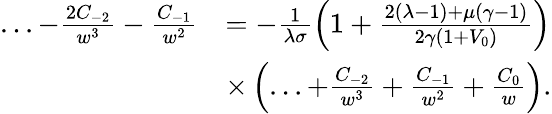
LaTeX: \begin{array}{rl}{...-\frac{2C_{-2}}{w^{3}}-\frac{C_{-1}}{w^{2}}}&{=-\frac{1}{\lambda\sigma}\left(1+\frac{2\left(\lambda-1\right)+\mu\left(\gamma-1\right)}{2\gamma\left(1+V_{0}\right)}\right)}\\ &{\times\left(...+\frac{C_{-2}}{w^{3}}+\frac{C_{-1}}{w^{2}}+\frac{C_{0}}{w}\right).}\end{array}